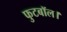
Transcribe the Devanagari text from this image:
फुटबॉल।